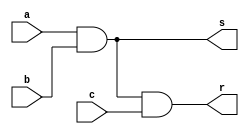
// Nome: Felipe Torres

// UMA SAIDA, NAO DUAS !


module andgate(output s, output r, input a, input b, input c);
 assign s = (a & b);
 assign r = (s & c);
endmodule

module teste;
 reg x,y,w;
 wire z,t;
 
 andgate AND1 (z,t,x,y,w);
 
 initial begin
  x=0; y=0; w=0;
  $display("Teste\nx y w t");
  $monitor("%b %b %b %b",x,y,w,t);
  
  #1 x=0; y=0; w=1;
  #1 x=0; y=1; w=0;
  #1 x=0; y=1; w=1;
  #1 x=1; y=0; w=0;
  #1 x=1; y=0; w=1;
  #1 x=1; y=1; w=0;
  #1 x=1; y=1; w=1;
 end
 
endmodule